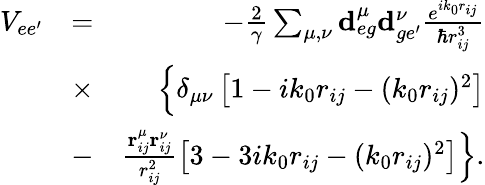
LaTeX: \begin{array}{rlr}{V_{ee^{\prime}}}&{=}&{-\frac{2}{\gamma}\sum_{\mu,\nu}\mathbf{d}_{eg}^{\mu}\mathbf{d}_{ge^{\prime}}^{\nu}\frac{e^{ik_{0}r_{ij}}}{\hbar r_{ij}^{3}}}\\ &{\times}&{\left\{ \vphantom{\frac{r_{ij}^{\mu}r_{ij}^{\nu}}{r_{ij}^{2}}}\delta_{\mu\nu}\left[1-ik_{0}r_{ij}-(k_{0}r_{ij})^{2}\right]\right.}\\ &{-}&{\left.\frac{\mathbf{r}_{ij}^{\mu}\mathbf{r}_{ij}^{\nu}}{r_{ij}^{2}}\left[3-3ik_{0}r_{ij}-(k_{0}r_{ij})^{2}\right]\right\} .}\end{array}